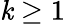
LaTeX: \mathit{k}\geq1